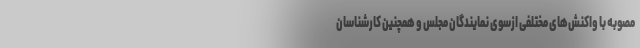
مصوبه با واکنش‌های مختلفی از‌سوی نمایندگان مجلس و همچنین کارشناسان